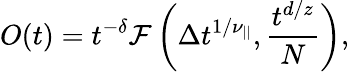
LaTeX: O(t)=t^{-\delta}\mathcal{F}\left(\Delta t^{1/\nu_{||}},\frac{t^{d/z}}{N}\right),